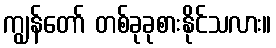
ကျွန်တော် တစ်ခုခုစားနိုင်သလား။